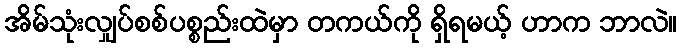
အိမ်သုံးလျှပ်စစ်ပစ္စည်းထဲမှာ တကယ်ကို ရှိရမယ့် ဟာက ဘာလဲ။